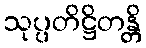
သုပ္ပတိဋ္ဌိတန္တိ